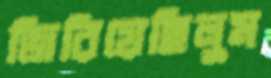
জিরিয়েছিলুম